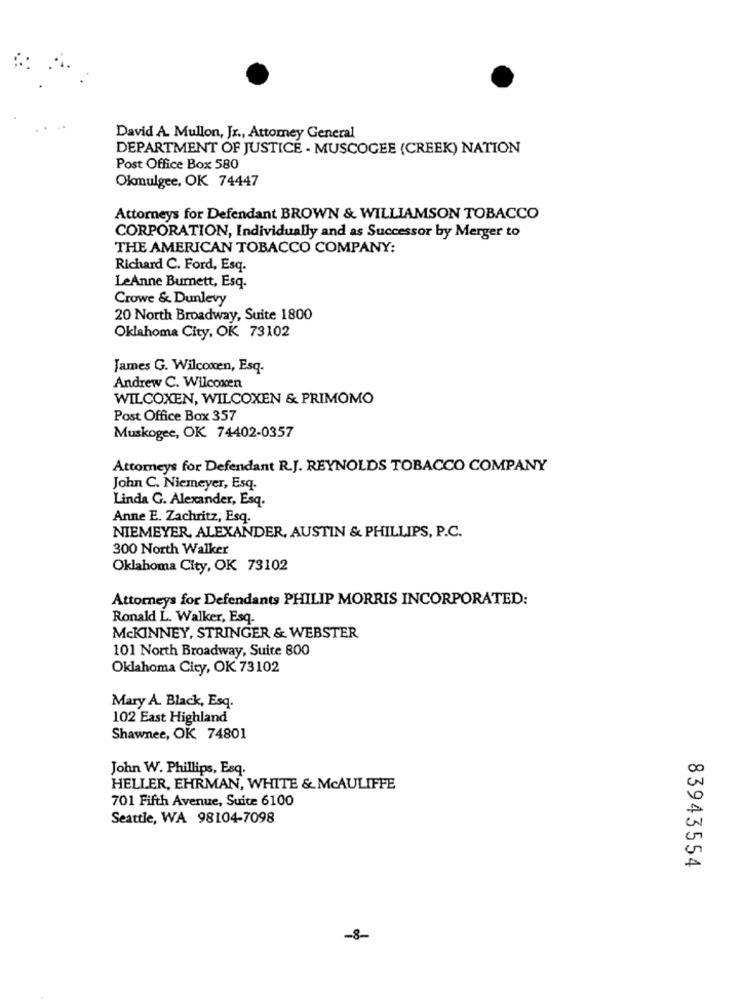
David A. Mullon, Jr ., Attorney General
DEPARTMENT OF JUSTICE - MUSCOGEE (CREEK) NATION
Post Office Box 580
Okmulgee, OK 74447
Attorneys for Defendant BROWN & WILLIAMSON TOBACCO
CORPORATION, Individually and as Successor by Merger to
THE AMERICAN TOBACCO COMPANY:
Richard C. Ford, Esq.
LeAnne Burnett, Esq.
Crowe & Dunlevy
20 North Broadway, Suite 1800
Oklahoma City, OK 73102
James G. Wilcoxen, Esq.
Andrew C. Wilcoxen
WILCOXEN, WILCOXEN & PRIMOMO
Post Office Box 357
Muskogee, OK 74402-0357
Attorneys for Defendant R.J. REYNOLDS TOBACCO COMPANY
John C. Niemeyer, Esq.
Linda G. Alexander, Esq.
Anne E. Zachritz, Esq.
NIEMEYER, ALEXANDER, AUSTIN & PHILLIPS, P.C.
300 North Walker
Oklahoma City, OK 73102
Attorneys for Defendants PHILIP MORRIS INCORPORATED:
Ronald L. Walker, Esq.
MCKINNEY, STRINGER & WEBSTER
101 North Broadway, Suite 800
Oklahoma City, OK 73102
Mary A. Black, Esq.
102 East Highland
Shawnee, OK 74801
John W. Phillips, Esq.
HELLER, EHRMAN, WHITE & MCAULIFFE
701 Fifth Avenue, Suite 6100
Seattle, WA 98104-7098
83943554
-8-